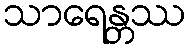
သာရေန္တဿ